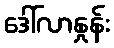
ဒေါ်လာနှုန်း